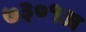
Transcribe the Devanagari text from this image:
७३०१अ